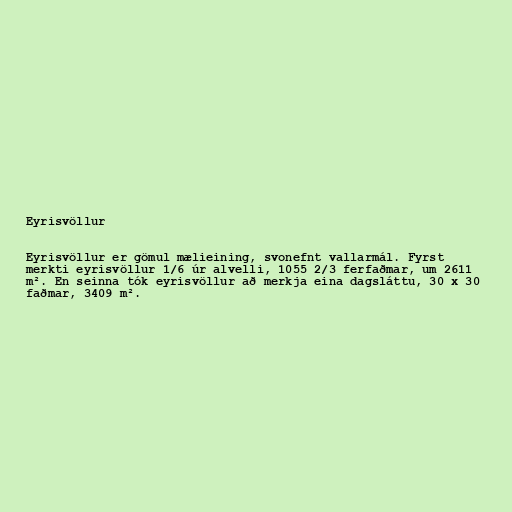
Eyrisvöllur

Eyrisvöllur er gömul mælieining, svonefnt vallarmál. Fyrst
merkti eyrisvöllur 1/6 úr alvelli, 1055 2/3 ferfaðmar, um 2611
m². En seinna tók eyrisvöllur að merkja eina dagsláttu, 30 x 30
faðmar, 3409 m².